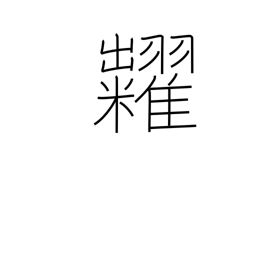
Meaning: auction